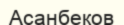
Асанбеков